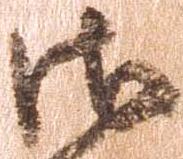
御